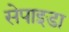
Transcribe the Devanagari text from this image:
सेपाइडा